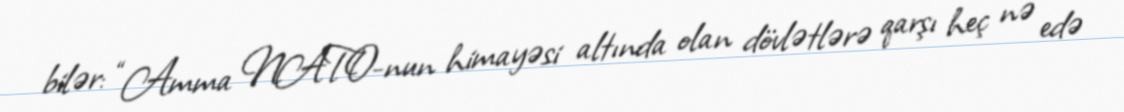
bilər: “Amma NATO-nun himayəsi altında olan dövlətlərə qarşı heç nə edə